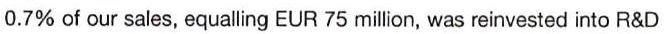
0.7% of our sales, equalling EUR 75 million, was reinvested into R&D